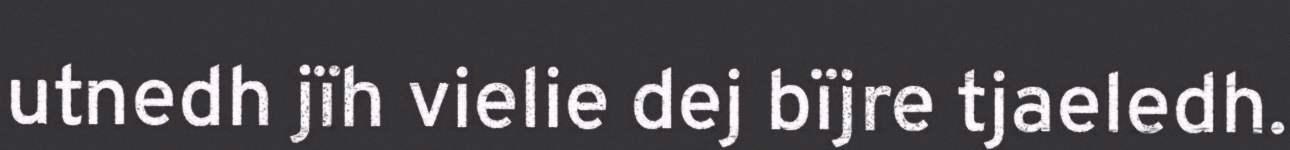
utnedh jïh vielie dej bïjre tjaeledh.